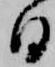
日